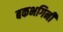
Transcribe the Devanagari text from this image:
बकभगिनी